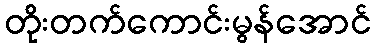
တိုးတက်ကောင်းမွန်အောင်